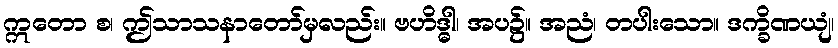
ဣတော စ၊ ဤသာသနာတော်မှလည်း။ ဗဟိဒ္ဓါ၊ အပ၌။ အညံ၊ တပါးသော။ ဒက္ခိဏယျံ၊